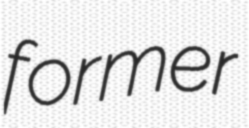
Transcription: former